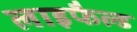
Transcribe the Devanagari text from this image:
लाइफैल्ड